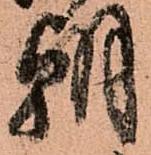
朝